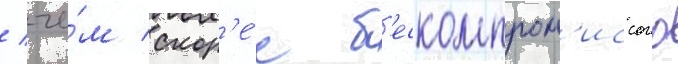
/ че́м скор'е́е б'ескомпром'иссого